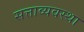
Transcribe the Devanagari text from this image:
सत्ताव्यवस्था